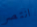
انتصر